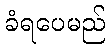
ခံရပေမည်